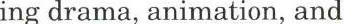
ing drama, animation, and